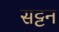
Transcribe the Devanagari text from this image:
सट्टन